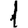
Digit: 1